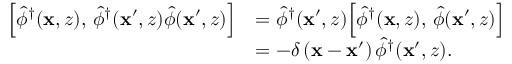
\begin{array} { r l } { \Bigl [ \hat { \phi } ^ { \dagger } ( \mathbf { x } , z ) , \, \hat { \phi } ^ { \dagger } ( \mathbf { x } ^ { \prime } , z ) \hat { \phi } ( \mathbf { x } ^ { \prime } , z ) \Bigr ] } & { = \hat { \phi } ^ { \dagger } ( \mathbf { x } ^ { \prime } , z ) \Bigl [ \hat { \phi } ^ { \dagger } ( \mathbf { x } , z ) , \, \hat { \phi } ( \mathbf { x } ^ { \prime } , z ) \Bigr ] } \\ & { = - \delta \left( \mathbf { x } - \mathbf { x } ^ { \prime } \right) \hat { \phi } ^ { \dagger } ( \mathbf { x } ^ { \prime } , z ) . } \end{array}